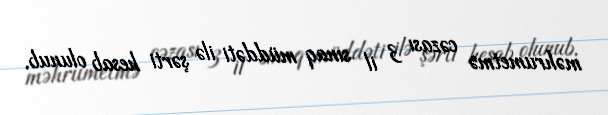
məhrumetmə cəzası 3 il sınaq müddəti ilə şərti hesab olunub.